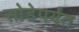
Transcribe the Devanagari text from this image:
सोडेपर्यंत